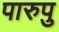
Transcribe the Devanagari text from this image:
पारुपु